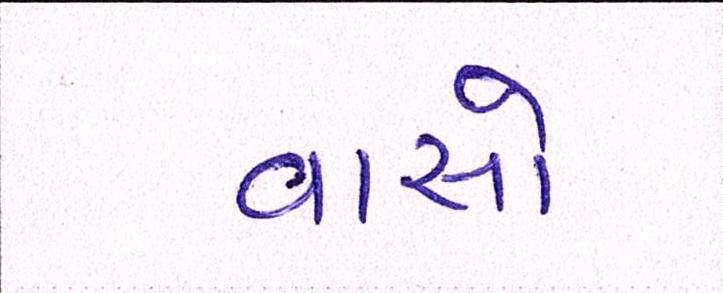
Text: વાસો